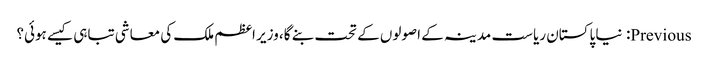
Previous: نیا پاکستان ریاست مدینہ کے اصولوں کے تحت بنے گا، وزیر اعظم ملک کی معاشی تباہی کیسے ہوئی؟